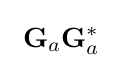
\ \mathbf {G} _{a}\mathbf {G} _{a}^{*}